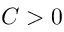
C > 0